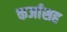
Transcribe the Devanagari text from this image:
कर्जासह